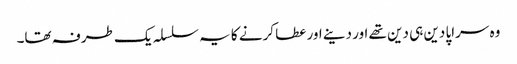
وہ سراپا دین ہی دین تھے اور دینے اور عطا کرنے کا یہ سلسلہ یک طرفہ تھا۔